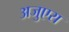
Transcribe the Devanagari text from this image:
अजुएरा